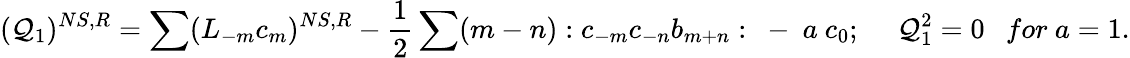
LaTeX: (\mathcal{Q}_{1})^{NS,R}=\sum(L_{-m}c_{m})^{NS,R}-\frac{{1}}{{2}}\sum(m-n):c_{-m}c_{-n}b_{m+n}:~-~a~c_{0};~~~~~\mathcal{Q}_{1}^{2}=0~~~for~a=1.